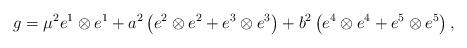
LaTeX: \begin{align*}g = \mu^2 e^1\otimes e^1 + a^2 \left(e^2\otimes e^2 + e^3 \otimes e^3 \right) + b^2 \left(e^4\otimes e^4 + e^5 \otimes e^5 \right),\end{align*}